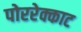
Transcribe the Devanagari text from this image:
पोररेक्काट